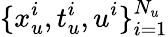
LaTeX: \{ x_{u}^{i},t_{u}^{i},u^{i}\} _{i=1}^{N_{u}}